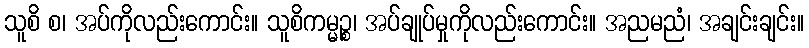
သူစိ စ၊ အပ်ကိုလည်းကောင်း။ သူစိကမ္မဉ္စ၊ အပ်ချုပ်မှုကိုလည်းကောင်း။ အညမညံ၊ အချင်းချင်း။